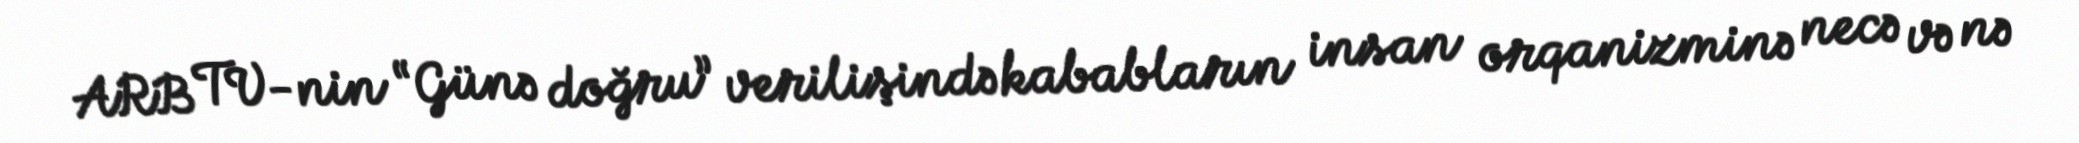
ARB TV-nin “Günə doğru” verilişində kababların insan orqanizminə necə və nə